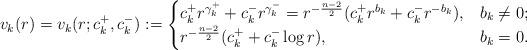
LaTeX: \begin{align*} v_k(r) = v_k(r; c_k^+, c_k^-) := \begin{cases} c_k^+ r^{\gamma^+_k} + c_k^- r^{\gamma^-_k} = r^{-\frac{n-2}{2}}(c_k^+ r^{b_k} +c_k^- r^{-b_k}), & b_k\neq 0; \\ r^{-\frac{n-2}{2}}(c_k^+ + c_k^- \log r), & b_k = 0. \end{cases} \end{align*}